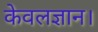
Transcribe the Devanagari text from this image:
केवलज्ञान।